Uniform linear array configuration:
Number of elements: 4
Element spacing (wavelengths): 0.5
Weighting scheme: uniform
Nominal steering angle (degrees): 15
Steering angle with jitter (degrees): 14.638
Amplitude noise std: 0.05
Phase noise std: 0.05

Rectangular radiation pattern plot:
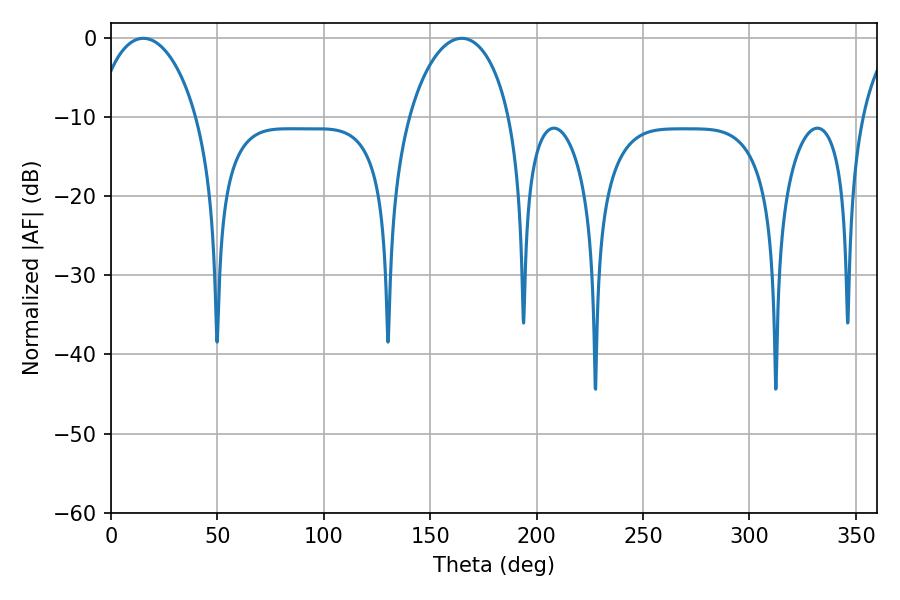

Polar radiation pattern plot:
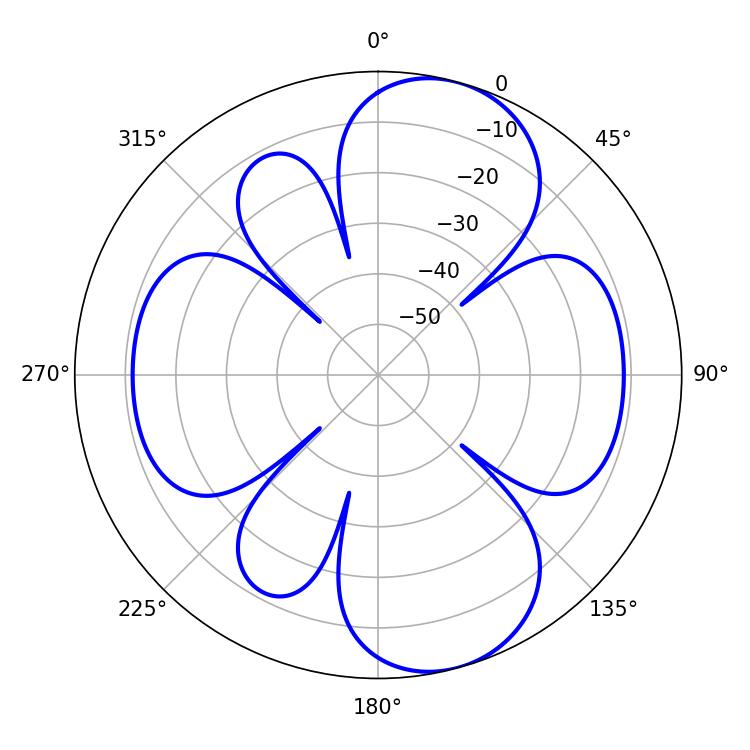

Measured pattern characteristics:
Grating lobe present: FALSE
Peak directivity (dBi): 9.093
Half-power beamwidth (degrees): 27.36
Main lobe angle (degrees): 15.12